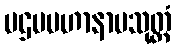
ပဌမမဟာနာမသုတ္တံ